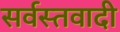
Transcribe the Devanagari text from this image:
सर्वस्तवादी